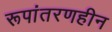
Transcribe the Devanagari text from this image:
रूपांतरणहीन